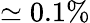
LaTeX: \simeq 0.1\%